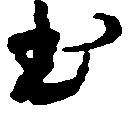
本